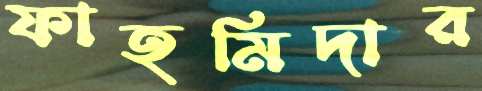
ফাহমিদার